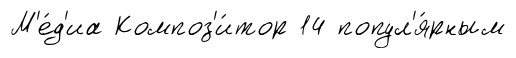
М'е́д'иа Композ'и́тор 14 попул'я́рным